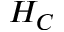
H _ { C }